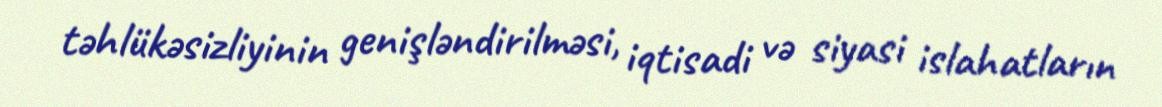
təhlükəsizliyinin genişləndirilməsi, iqtisadi və siyasi islahatların